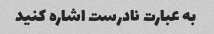
به عبارت نادرست اشاره کنید